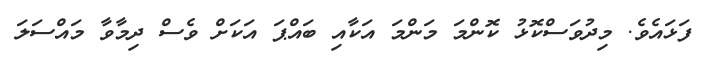
ފަޅައެވެ. މިދުވަސްކޮޅު ކޮންމަ މަންމަ އަކާއި ބައްޕަ އަކަށް ވެސް ދިމާވާ މައްސަލަ